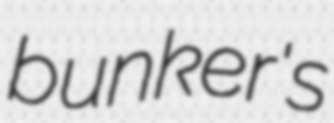
bunker's